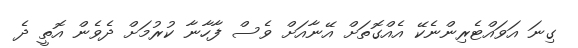
ގިނަ އަވައްޓެރިންނެކޭ އެއްގޮތަށް އޭނާއަށް ވެސް ފާހާނާ ކުރުމަށް ދެވެން އޮތީ ދެ